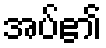
အပ်၏